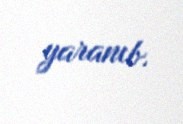
yaranıb.